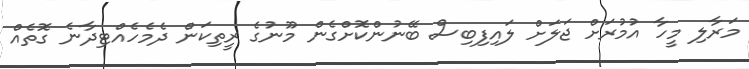
މަރާލި މީހާ އުމުރަށް ޖަލަށް ލައިފިބިސް ބޭނުންކޮށްގެން މޫނުގެ ރީތިކަން ދެމެހެއްޓިދާނެ ގޮތެއް